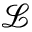
\mathcal { L }